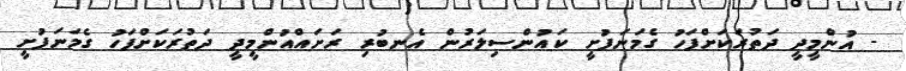
- އުންމީދީ ދަތުރަކަށްފަހު ގެމަނަފުށީ ކައުންސިލަރުން އެނބުރި ރަށައްއުންމީދީ ދަތުރަކަށްފަހު ގެމަނަފުށީ